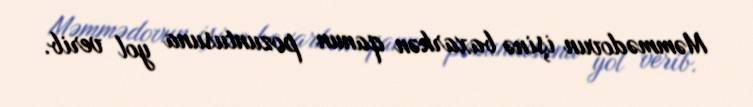
Məmmədovun işinə baxarkən qanun pozuntusuna yol verib.